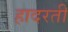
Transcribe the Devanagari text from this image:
हादरती